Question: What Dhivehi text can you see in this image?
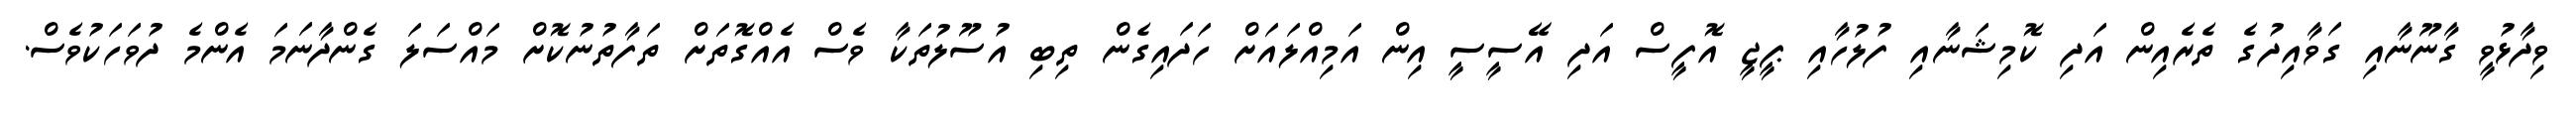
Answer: ވިދާޅުވީ ގާނޫނާއި ގަވާއިދުގެ ތެރެއިން އަދި ކޮމިޝަނާއި ފުލުހާއި ޕީޖީ އޮފީސް އަދި އޭސީސީ އިން އަމިއްލައަށް ހަދައިގެން ތިބި އުސޫލުތަކާ ވެސް އެއްގޮތަށް ތަފާތުނުކޮށް މައްސަލަ ގެންދާނަމަ އެންމެ ދުވަހަކުވެސް.